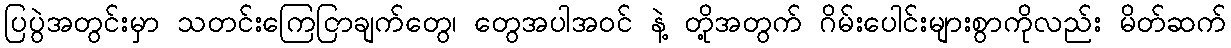
ပြပွဲအတွင်းမှာ သတင်းကြေငြာချက်တွေ၊ တွေအပါအဝင် နဲ့ တို့အတွက် ဂိမ်းပေါင်းများစွာကိုလည်း မိတ်ဆက်